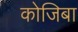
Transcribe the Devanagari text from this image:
कोजिबा